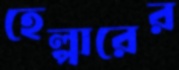
হেল্পারের